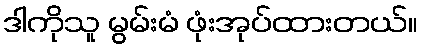
ဒါကိုသူ မွမ်းမံ ဖုံးအုပ်ထားတယ်။